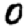
Digit: 0